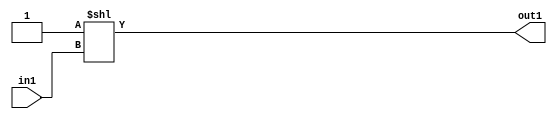
`timescale 1ps / 1ps
/*****************************************************************************
    Verilog RTL Description
    
    
    Created by: Stratus DpOpt 2019.1.01 
*******************************************************************************/

module dut_DECODE_16U_4_4 (
	in1,
	out1
	); /* architecture "behavioural" */ 
input [3:0] in1;
output [15:0] out1;
wire [15:0] asc001;

assign asc001 = 16'B0000000000000001 << in1;

assign out1 = asc001;
endmodule

/* CADENCE  urjySAw= : u9/ySgnWtBlWxVPRXgAZ4Og= ** DO NOT EDIT THIS LINE ******/